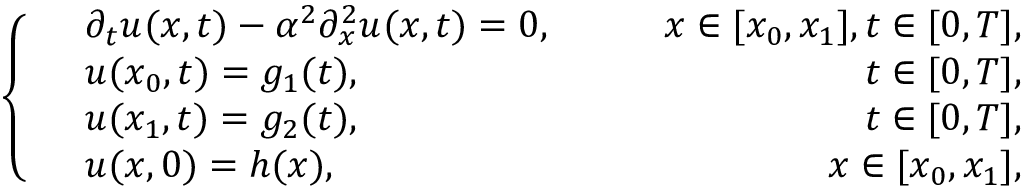
\left\{ \begin{array} { r l r } & { \partial _ { t } u ( x , t ) - \alpha ^ { 2 } \partial _ { x } ^ { 2 } u ( x , t ) = 0 , \qquad } & { x \in [ x _ { 0 } , x _ { 1 } ] , t \in [ 0 , T ] , } \\ & { u ( x _ { 0 } , t ) = g _ { 1 } ( t ) , } & { t \in [ 0 , T ] , } \\ & { u ( x _ { 1 } , t ) = g _ { 2 } ( t ) , } & { t \in [ 0 , T ] , } \\ & { u ( x , 0 ) = h ( x ) , } & { x \in [ x _ { 0 } , x _ { 1 } ] , } \end{array} \right.